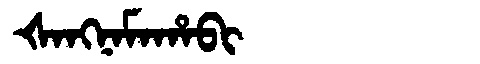
Manchu: ᡧᠠᠩᠨᠠᠮᠠᡥᠠᠪᡳ
Romanization: ŠANGNAMAHABI